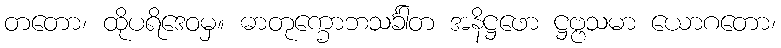
တတော၊ ထိုပရိဒေဝမှ။ ဓာတုက္ခောဘသင်္ခါတ အနိဋ္ဌဖော ဋ္ဌဗ္ဗသမာ ယောဂတော၊